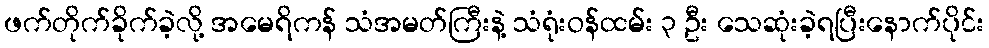
ဖက်တိုက်ခိုက်ခဲ့လို့ အမေရိကန် သံအမတ်ကြီးနဲ့ သံရုံးဝန်ထမ်း ၃ ဦး သေဆုံးခဲ့ရပြီးနောက်ပိုင်း